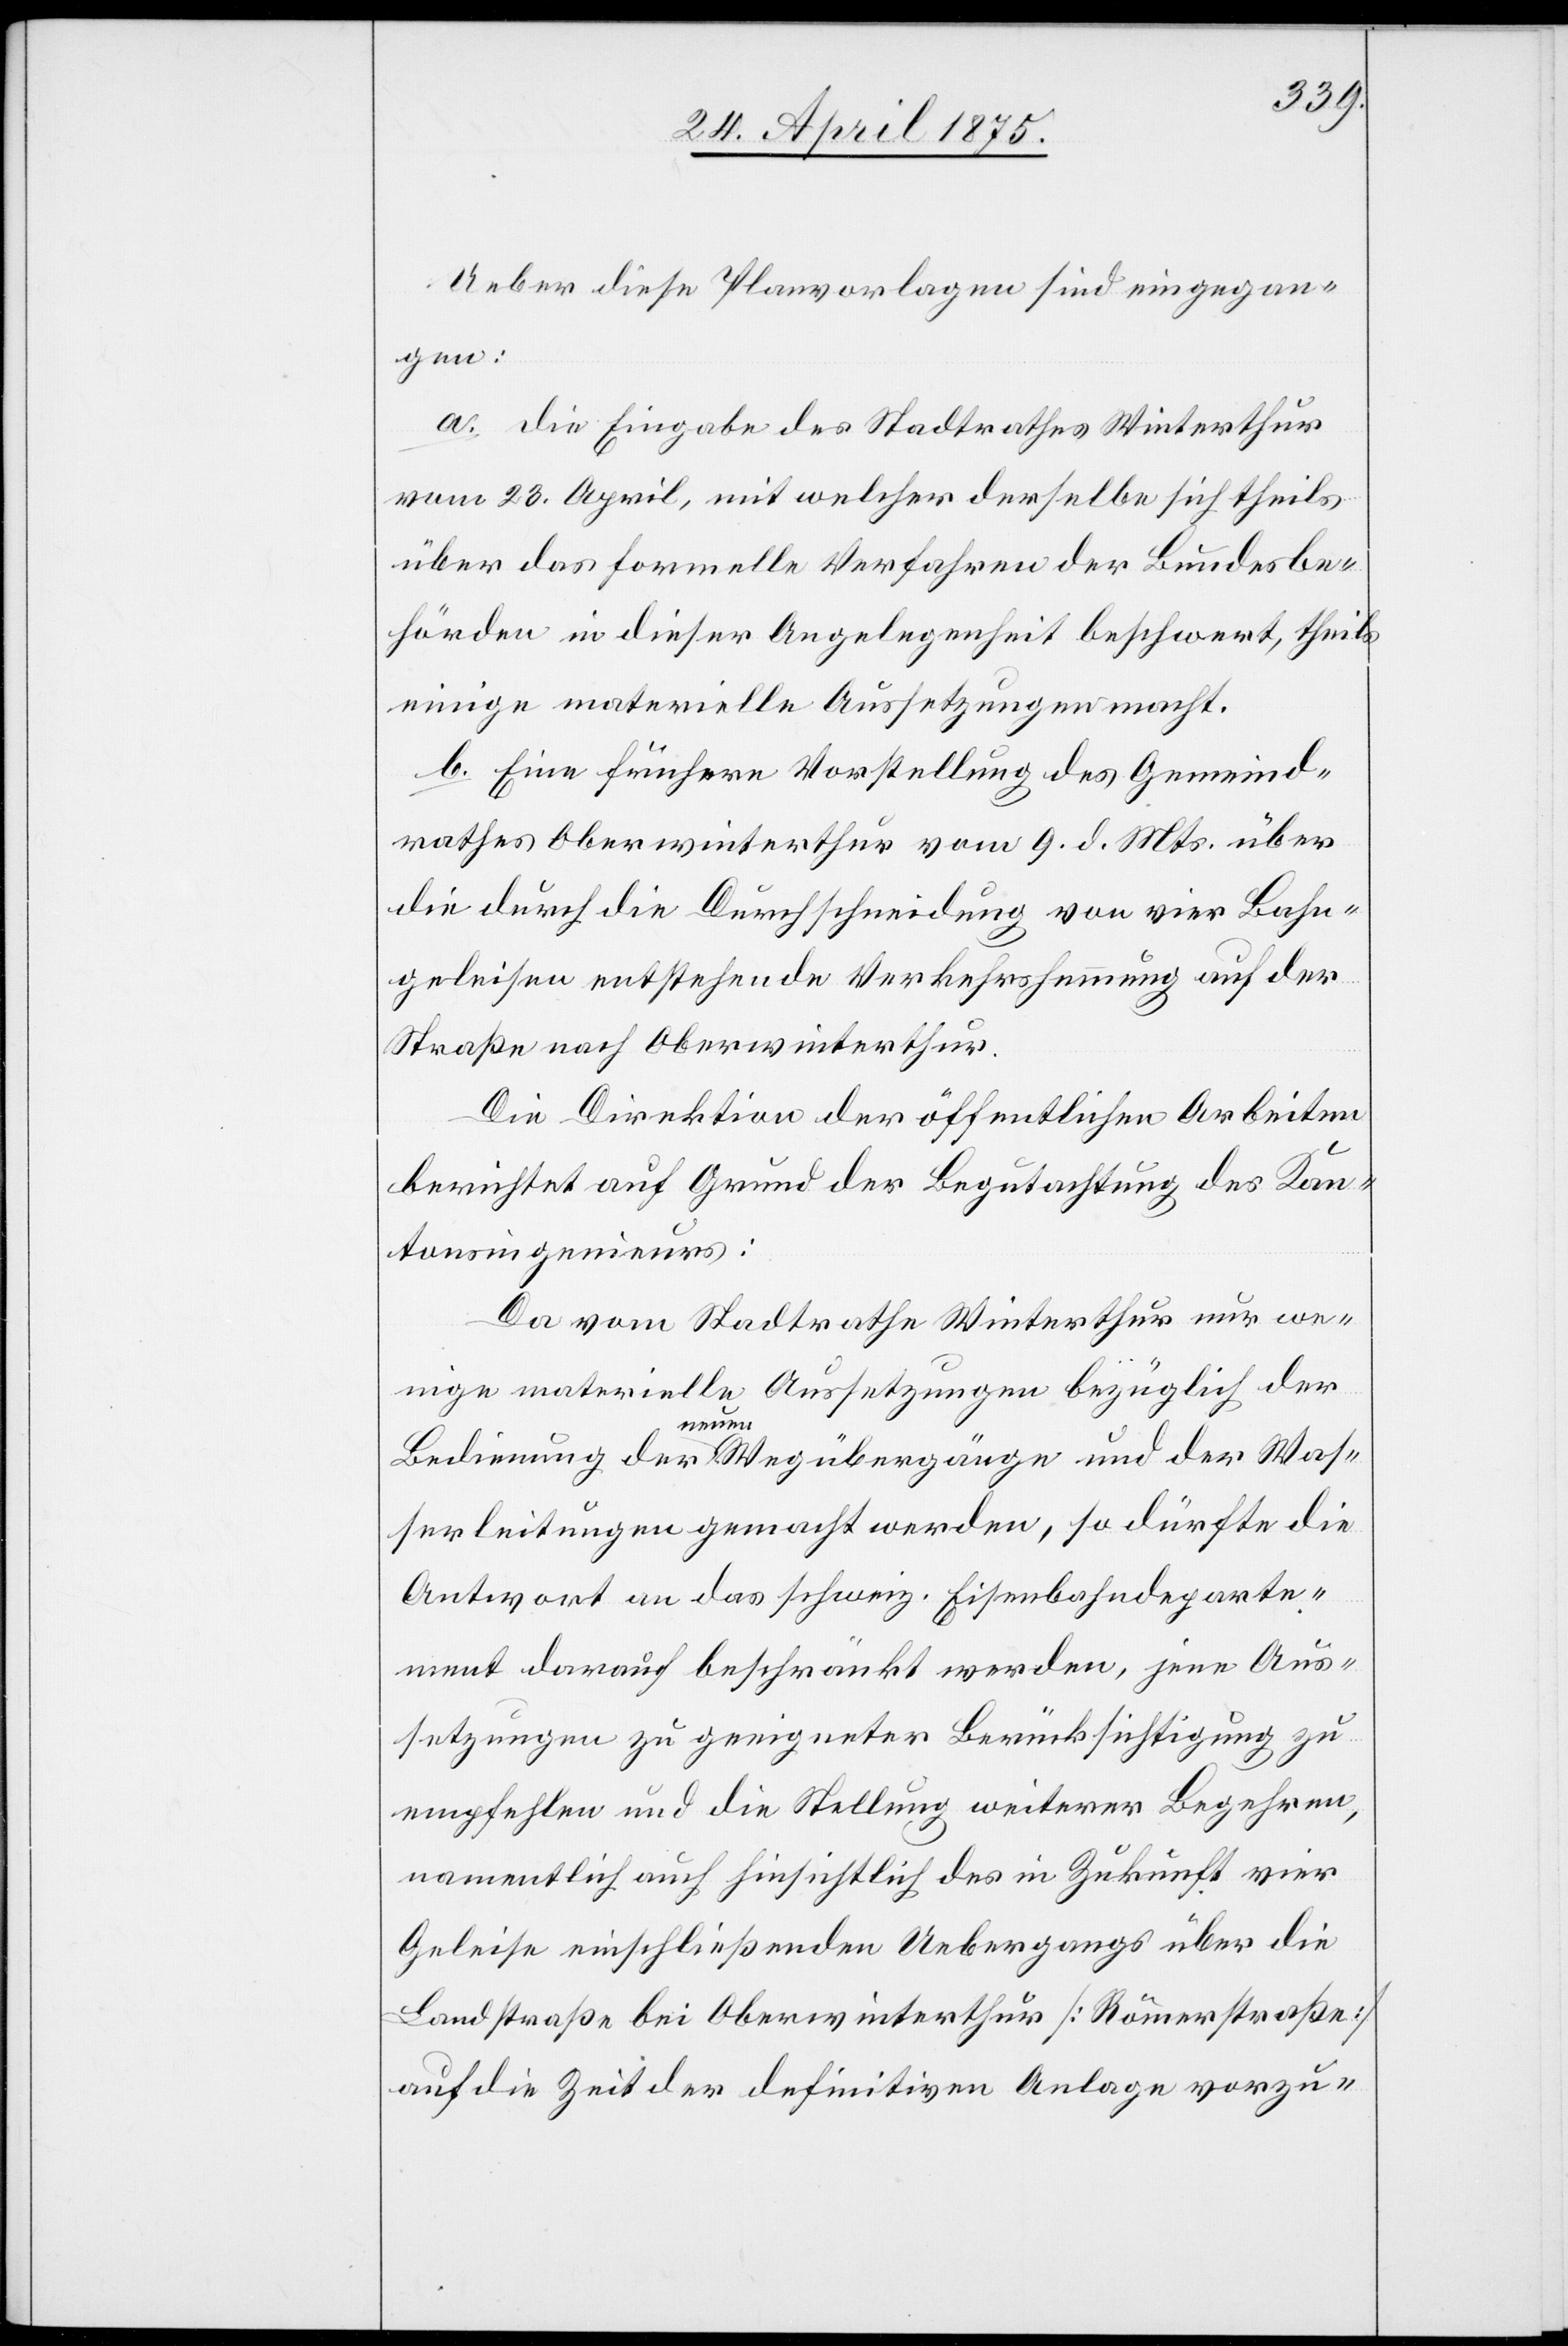
Ueber diese Planvorlagen sind eingegan¬
gen:
a. die Eingabe des Stadtrathes Winterthur
vom 23. April, mit welcher derselbe sich theils
über das formelle Verfahren der Bundesbe¬
hörden in dieser Angelegenheit beschwert, theils
einige materielle Aussetzungen macht.
b. Eine frühere Vorstellung des Gemeind¬
rathes Oberwinterthur vom 9. d. Mts. über
die durch die Durchschneidung von vier Bahn¬
geleisen entstehende Verkehrshemmung auf der
Straße nach Oberwinterthur.
Die Direktion der öffentlichen Arbeiten
berichtet auf Grund der Begutachtungen des Kan¬
tonsingenieurs:
Da vom Stadtrathe Winterthur nur we¬
nige materielle Aussetzungen bezüglich der
Bedienung der neuen Wegübergänge und der Was¬
serleitungen gemacht werden, so dürfte die
Antwort an das schweiz. Eisenbahndeparte¬
ment darauf beschränkt werden, jene Aus¬
setzungen zu geeigneter Berücksichtigung zu
empfehlen und die Stellung weiterer Begehren,
namentlich auch hinsichtlich des in Zukunft vier
Geleise einschließenden Uebergangs über die
Landstraße bei Oberwinterthur [Römerstraße]
auf die Zeit der definitiven Anlage vorzu-